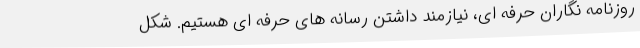
روزنامه نگاران حرفه ای، نیازمند داشتن رسانه های حرفه ای هستیم. شکل